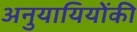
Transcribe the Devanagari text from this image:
अनुयायियोंकी